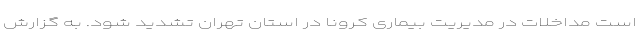
است مداخلات در مدیریت بیماری کرونا در استان تهران تشدید شود. به گزارش